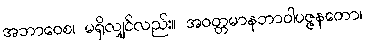
အဘာဝေစ၊ မရှိလျှင်လည်း။ အဝတ္တမာနဘာဝါပဇ္ဇနတော၊